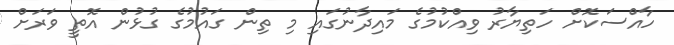
ހާއްސަކޮށް ހަތިޔާރު ވިއްކުމުގެ މައިދާނުގައި މި ތިން ގައުމުގެ ގުޅުން އޮތީ ވަރަށް